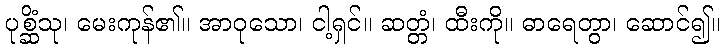
ပုစ္ဆိံသု၊ မေးကုန်၏။ အာဝုသော၊ ငါ့ရှင်။ ဆတ္တံ၊ ထီးကို။ ဓာရေတွာ၊ ဆောင်၍။